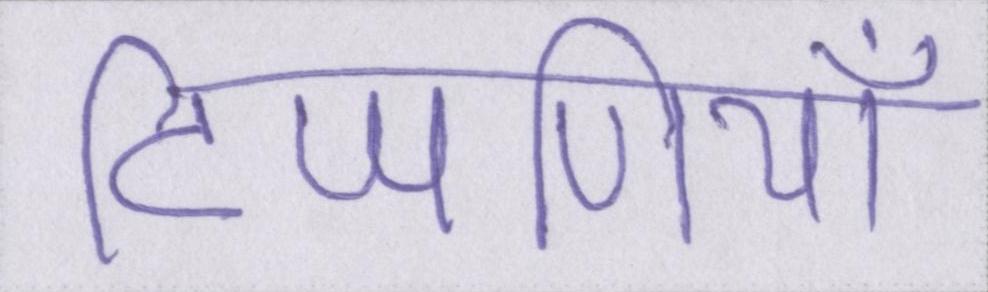
टिप्पणियाँ